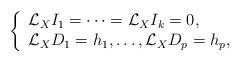
LaTeX: \begin{align*}\left\{\begin{array}{l}\mathcal{L}_{X}I_1= \dots = \mathcal{L}_{X}I_k = 0,\\\mathcal{L}_{X}D_1 = h_1, \dots, \mathcal{L}_{X}D_p = h_p,\\\end{array}\right.\end{align*}